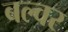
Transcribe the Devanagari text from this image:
बल्वर